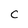
Character: C